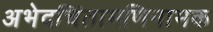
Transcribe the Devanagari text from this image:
अभेदचिंतामणिनामक